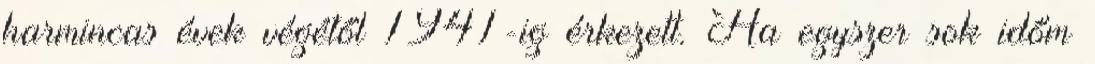
harmincas évek végétől 1941-ig érkezett. Ha egyszer sok időm